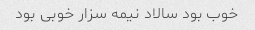
خوب بود سالاد نیمه سزار خوبی بود